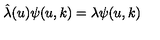
\hat { \lambda } ( u ) \psi ( u , k ) = \lambda \psi ( u , k )